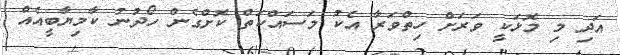
އަދި މި މޮޅަކީ ވަރަށް ހިތްވަރާ އެކު މަސައްކަތް ކޮށްގެން ހޯދުނު ކާމިޔާބީއެއް